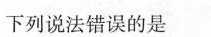
下列说法错误的是